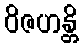
ဝိဇဟန္တိ